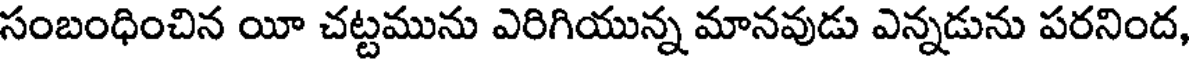
సంబంధించిన యీ చట్టమును ఎరిగియున్న మానవుడు ఎన్నడును పరనింద,